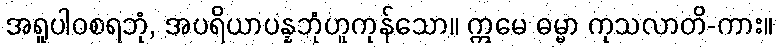
အရူပါဝစရဘုံ, အပရိယာပန္နဘုံဟူကုန်သော။ ဣမေ ဓမ္မာ ကုသလာတိ-ကား။